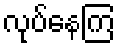
လုပ်နေကြ